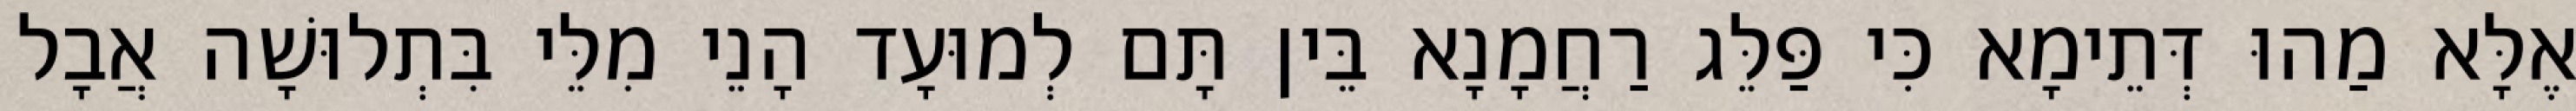
אֶלָּא מַהוּ דְּתֵימָא כִּי פַּלֵּג רַחֲמָנָא בֵּין תָּם לְמוּעָד הָנֵי מִלֵּי בִּתְלוּשָׁה אֲבָל